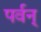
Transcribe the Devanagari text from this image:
पर्वन्